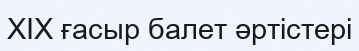
XIX ғасыр балет әртістері